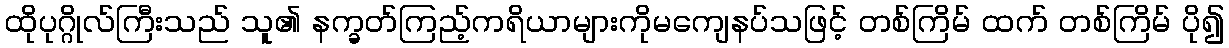
ထိုပုဂ္ဂိုလ်ကြီးသည် သူ၏ နက္ခတ်ကြည့်ကရိယာများကိုမကျေနပ်သဖြင့် တစ်ကြိမ် ထက် တစ်ကြိမ် ပို၍